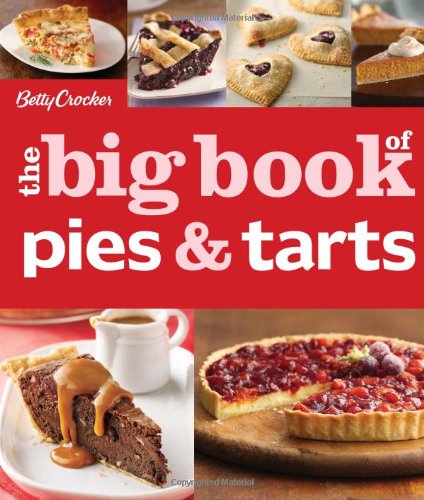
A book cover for Betty Crocker's The Big Book of Pies and Tarts (Betty Crocker Big Book); Betty Crocker; Cookbooks, Food & Wine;